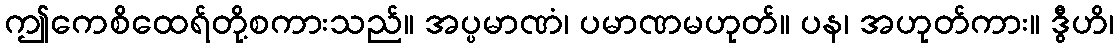
ဤကေစိထေရ်တို့စကားသည်။ အပ္ပမာဏံ၊ ပမာဏမဟုတ်။ ပန၊ အဟုတ်ကား။ ဒွီဟိ၊